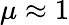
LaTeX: \mu\approx 1